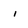
Character: i